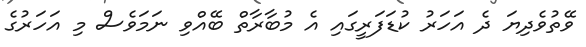
ވޭތުވެދިޔަ ދެ އަހަރު ކުޑަފަރީގައި އެ މުބާރާތް ބޭއްވި ނަމަވެސް މި އަހަރުގެ